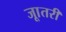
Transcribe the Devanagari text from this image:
जाूतरी